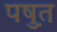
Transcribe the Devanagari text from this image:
पष़ुत